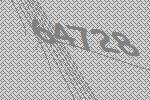
64728